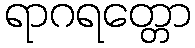
ရာဂရတ္တော